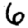
Digit: 6